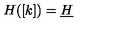
H ( [ k ] ) = \underline { { H } }